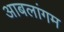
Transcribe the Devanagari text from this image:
आबलांगम